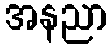
အနညာ